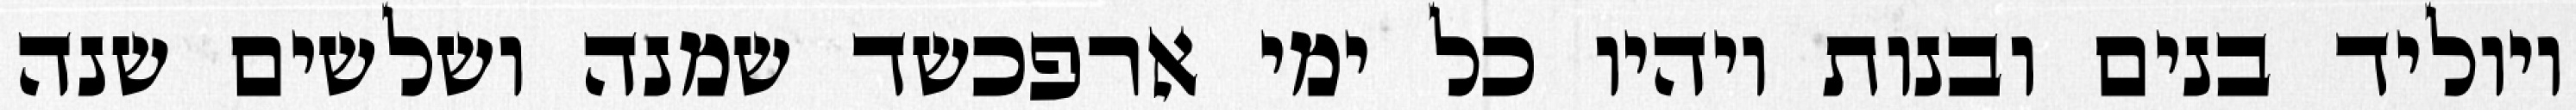
ויוליד בנים ובנות ויהיו כל ימי ארפכשד שמנה ושלשים שנה